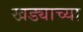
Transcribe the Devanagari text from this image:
खड्याच्या